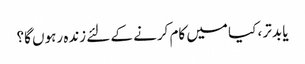
یا بدتر ، کیا میں کام کرنے کے لئے زندہ رہوں گا؟